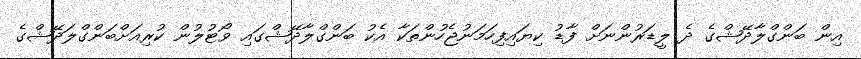
އިން ބަންގްލާދޭޝްގެ ދެ ލީޑަރުންނަށް ފާޑު ކިޔައިފިހަމަނުޖެހުންތަކާ އެކު ބަންގްލާދޭޝްގައި ވޯޓުލުން ކުރިއަށްބަންގްލަދޭޝްގެ